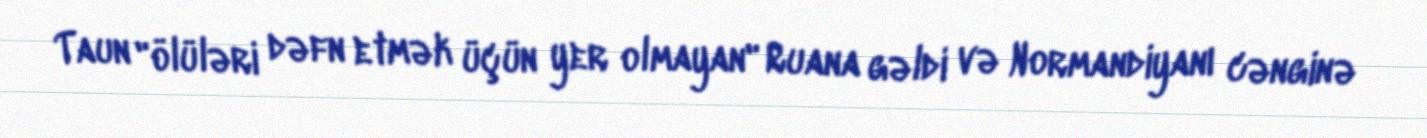
Taun "ölüləri dəfn etmək üçün yer olmayan" Ruana gəldi və Normandiyanı cənginə